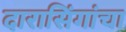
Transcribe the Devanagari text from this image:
दारासिंगांचा